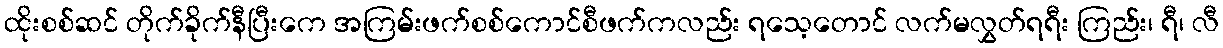
ထိုးစစ်ဆင် တိုက်ခိုက်နီပြီးကေ အကြမ်းဖက်စစ်ကောင်စီဖက်ကလည်း ရသေ့တောင် လက်မလွှတ်ရရီး ကြည်း၊ ရီ၊ လီ